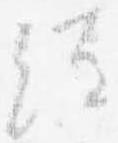
経